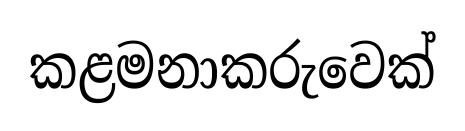
කළමනාකරුවෙක්